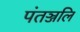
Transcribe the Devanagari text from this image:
पंतञ्जलि